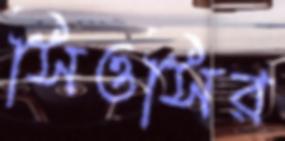
সিওসির